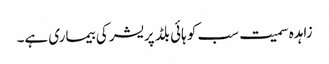
زاہدہ سمیت سب کو ہائی بلڈ پریشر کی بیماری ہے۔